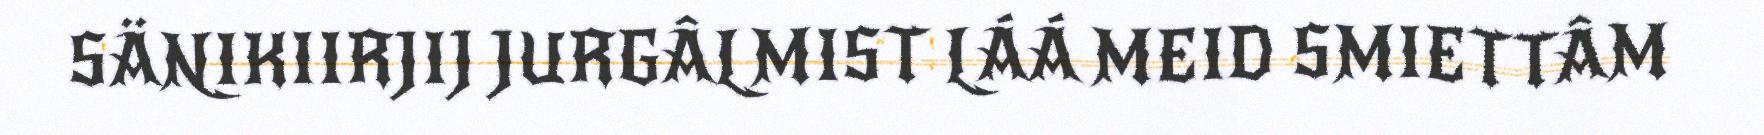
SÄNIKIIRJIJ JURGÂLMIST LÁÁ MEID SMIETTÂM